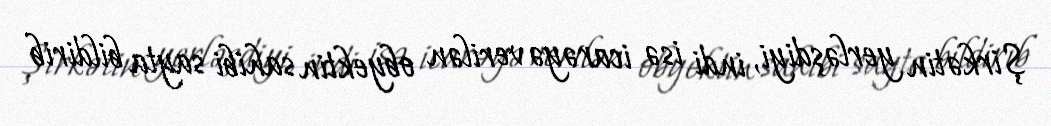
Şirkətin yerləşdiyi, indi isə icarəyə verilən obyektin sahibi sayta bildirib